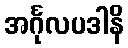
အင်္ဂုလပဒါနိ